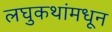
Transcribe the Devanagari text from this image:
लघुकथांमधून